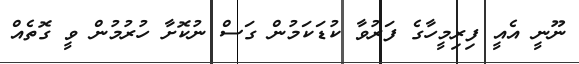
ނޫނީ އެއީ ފިރިމީހާގެ ފަރުވާ ކުޑަކަމުން ގަސް ނުކޮށާ ހުރުމުން ވީ ގޮތެއް